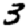
Digit: 3